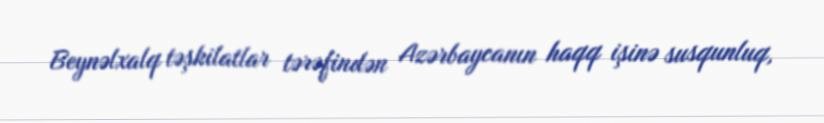
Beynəlxalq təşkilatlar tərəfindən Azərbaycanın haqq işinə susqunluq,